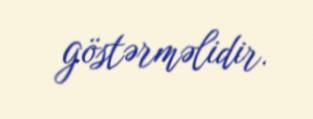
göstərməlidir.